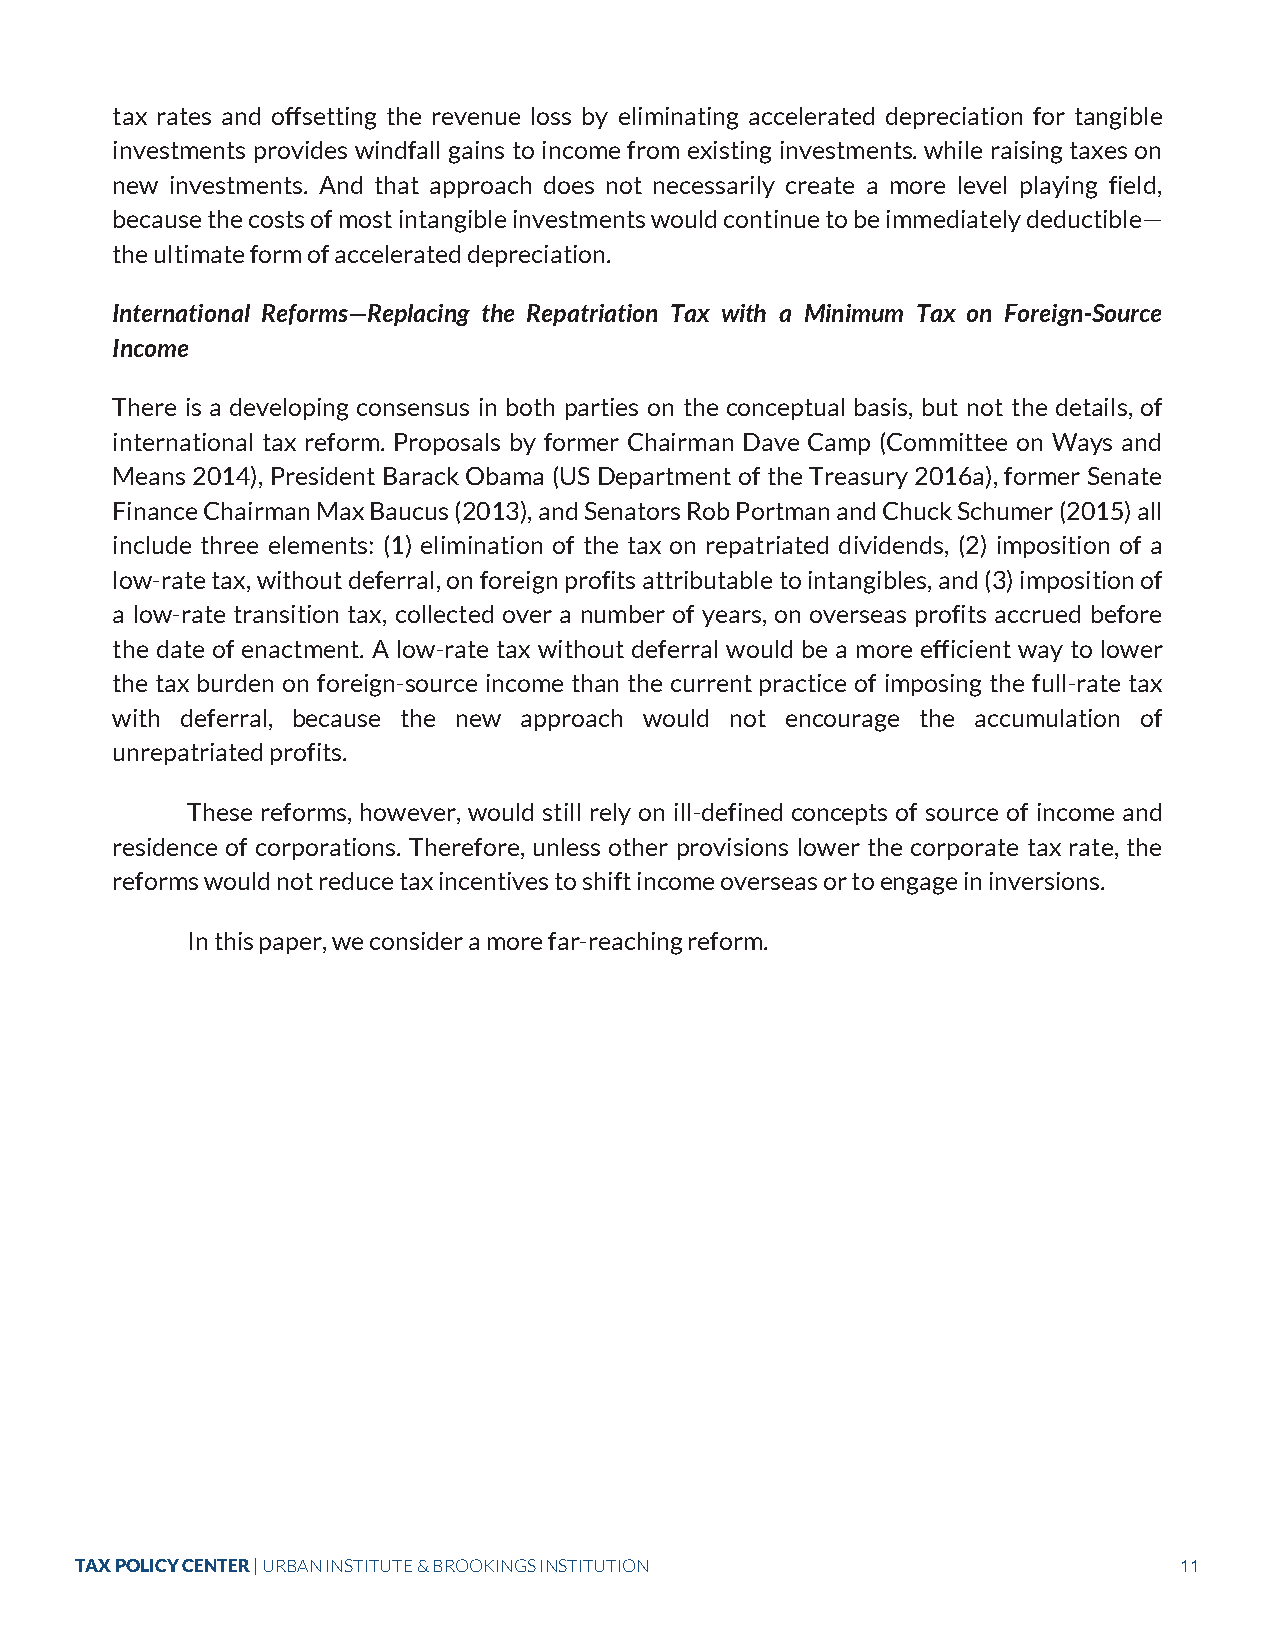
tax rates and offsetting the revenue loss by eliminating accelerated depreciation for tangible
 investments provides windfall gains to income from existing investments. while raising taxes on
 new investments. And that approach does not necessarily create a more level playing field,
 because the costs of most intangible investments would continue to be immediately deductible—
 the ultimate form of accelerated depreciation.
 International Reforms—Replacing the Repatriation Tax with a Minimum Tax on Foreign-Source
 Income
 There is a developing consensus in both parties on the conceptual basis, but not the details, of
 international tax reform. Proposals by former Chairman Dave Camp (Committee on Ways and
 Means 2014), President Barack Obama (US Department of the Treasury 2016a), former Senate
 Finance Chairman Max Baucus (2013), and Senators Rob Portman and Chuck Schumer (2015) all
 include three elements: (1) elimination of the tax on repatriated dividends, (2) imposition of a
 low-rate tax, without deferral, on foreign profits attributable to intangibles, and (3) imposition of
 a low-rate transition tax, collected over a number of years, on overseas profits accrued before
 the date of enactment. A low-rate tax without deferral would be a more efficient way to lower
 the tax burden on foreign-source income than the current practice of imposing the full-rate tax
 with deferral, because the new approach would not encourage the accumulation of
 unrepatriated profits.
 These reforms, however, would still rely on ill-defined concepts of source of income and
 residence of corporations. Therefore, unless other provisions lower the corporate tax rate, the
 reforms would not reduce tax incentives to shift income overseas or to engage in inversions.
 In this paper, we consider a more far-reaching reform.
 TAX POLICY CENTER | URBAN INSTITUTE & BROOKINGS INSTITUTION              11